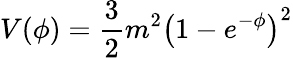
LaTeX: V(\phi)=\frac{3}{2}m^{2}\left(1-e^{-\phi}\right)^{2}